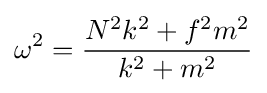
\omega ^{2}={\frac {N^{2}k^{2}+f^{2}m^{2}}{k^{2}+m^{2}}}